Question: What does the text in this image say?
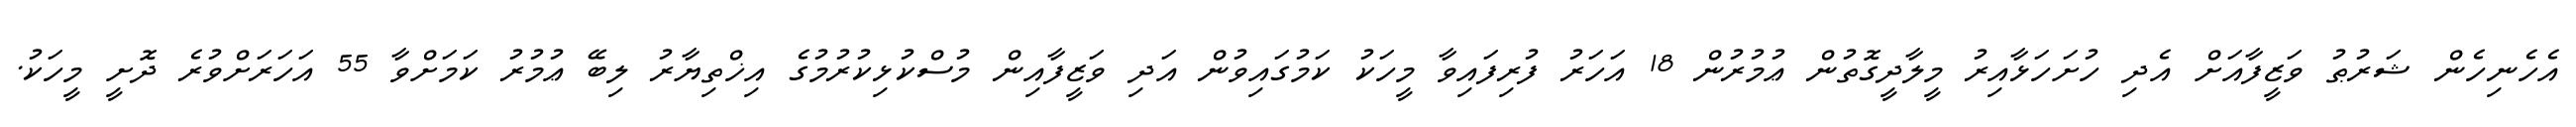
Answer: އެހެނިހެން ޝަރުޠު ވަޒީފާއަށް އެދި ހުށަހަޅާއިރު މީލާދީގޮތުން ޢުމުރުން 18 އަހަރު ފުރިފައިވާ މީހަކު ކަމުގައިވުން އަދި ވަޒީފާއިން މުސްކުޅިކުރުމުގެ އިޚްތިޔާރު ލިބޭ ޢުމުރު ކަމަށްވާ 55 އަހަރަށްވުރެ ދޮށީ މީހަކު.